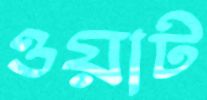
ওয়াট